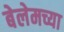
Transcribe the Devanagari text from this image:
बेलेमच्या